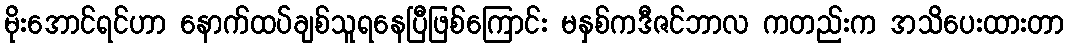
မိုးအောင်ရင်ဟာ နောက်ထပ်ချစ်သူရနေပြီဖြစ်ကြောင်း မနှစ်ကဒီဇင်ဘာလ ကတည်းက အသိပေးထားတာ